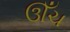
ઊઁચ